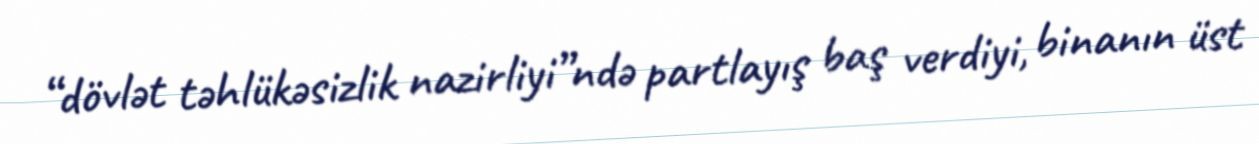
“dövlət təhlükəsizlik nazirliyi”ndə partlayış baş verdiyi, binanın üst